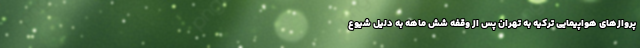
پرواز‌های هواپیمایی ترکیه به تهران پس از وقفه شش ماهه به دلیل شیوع